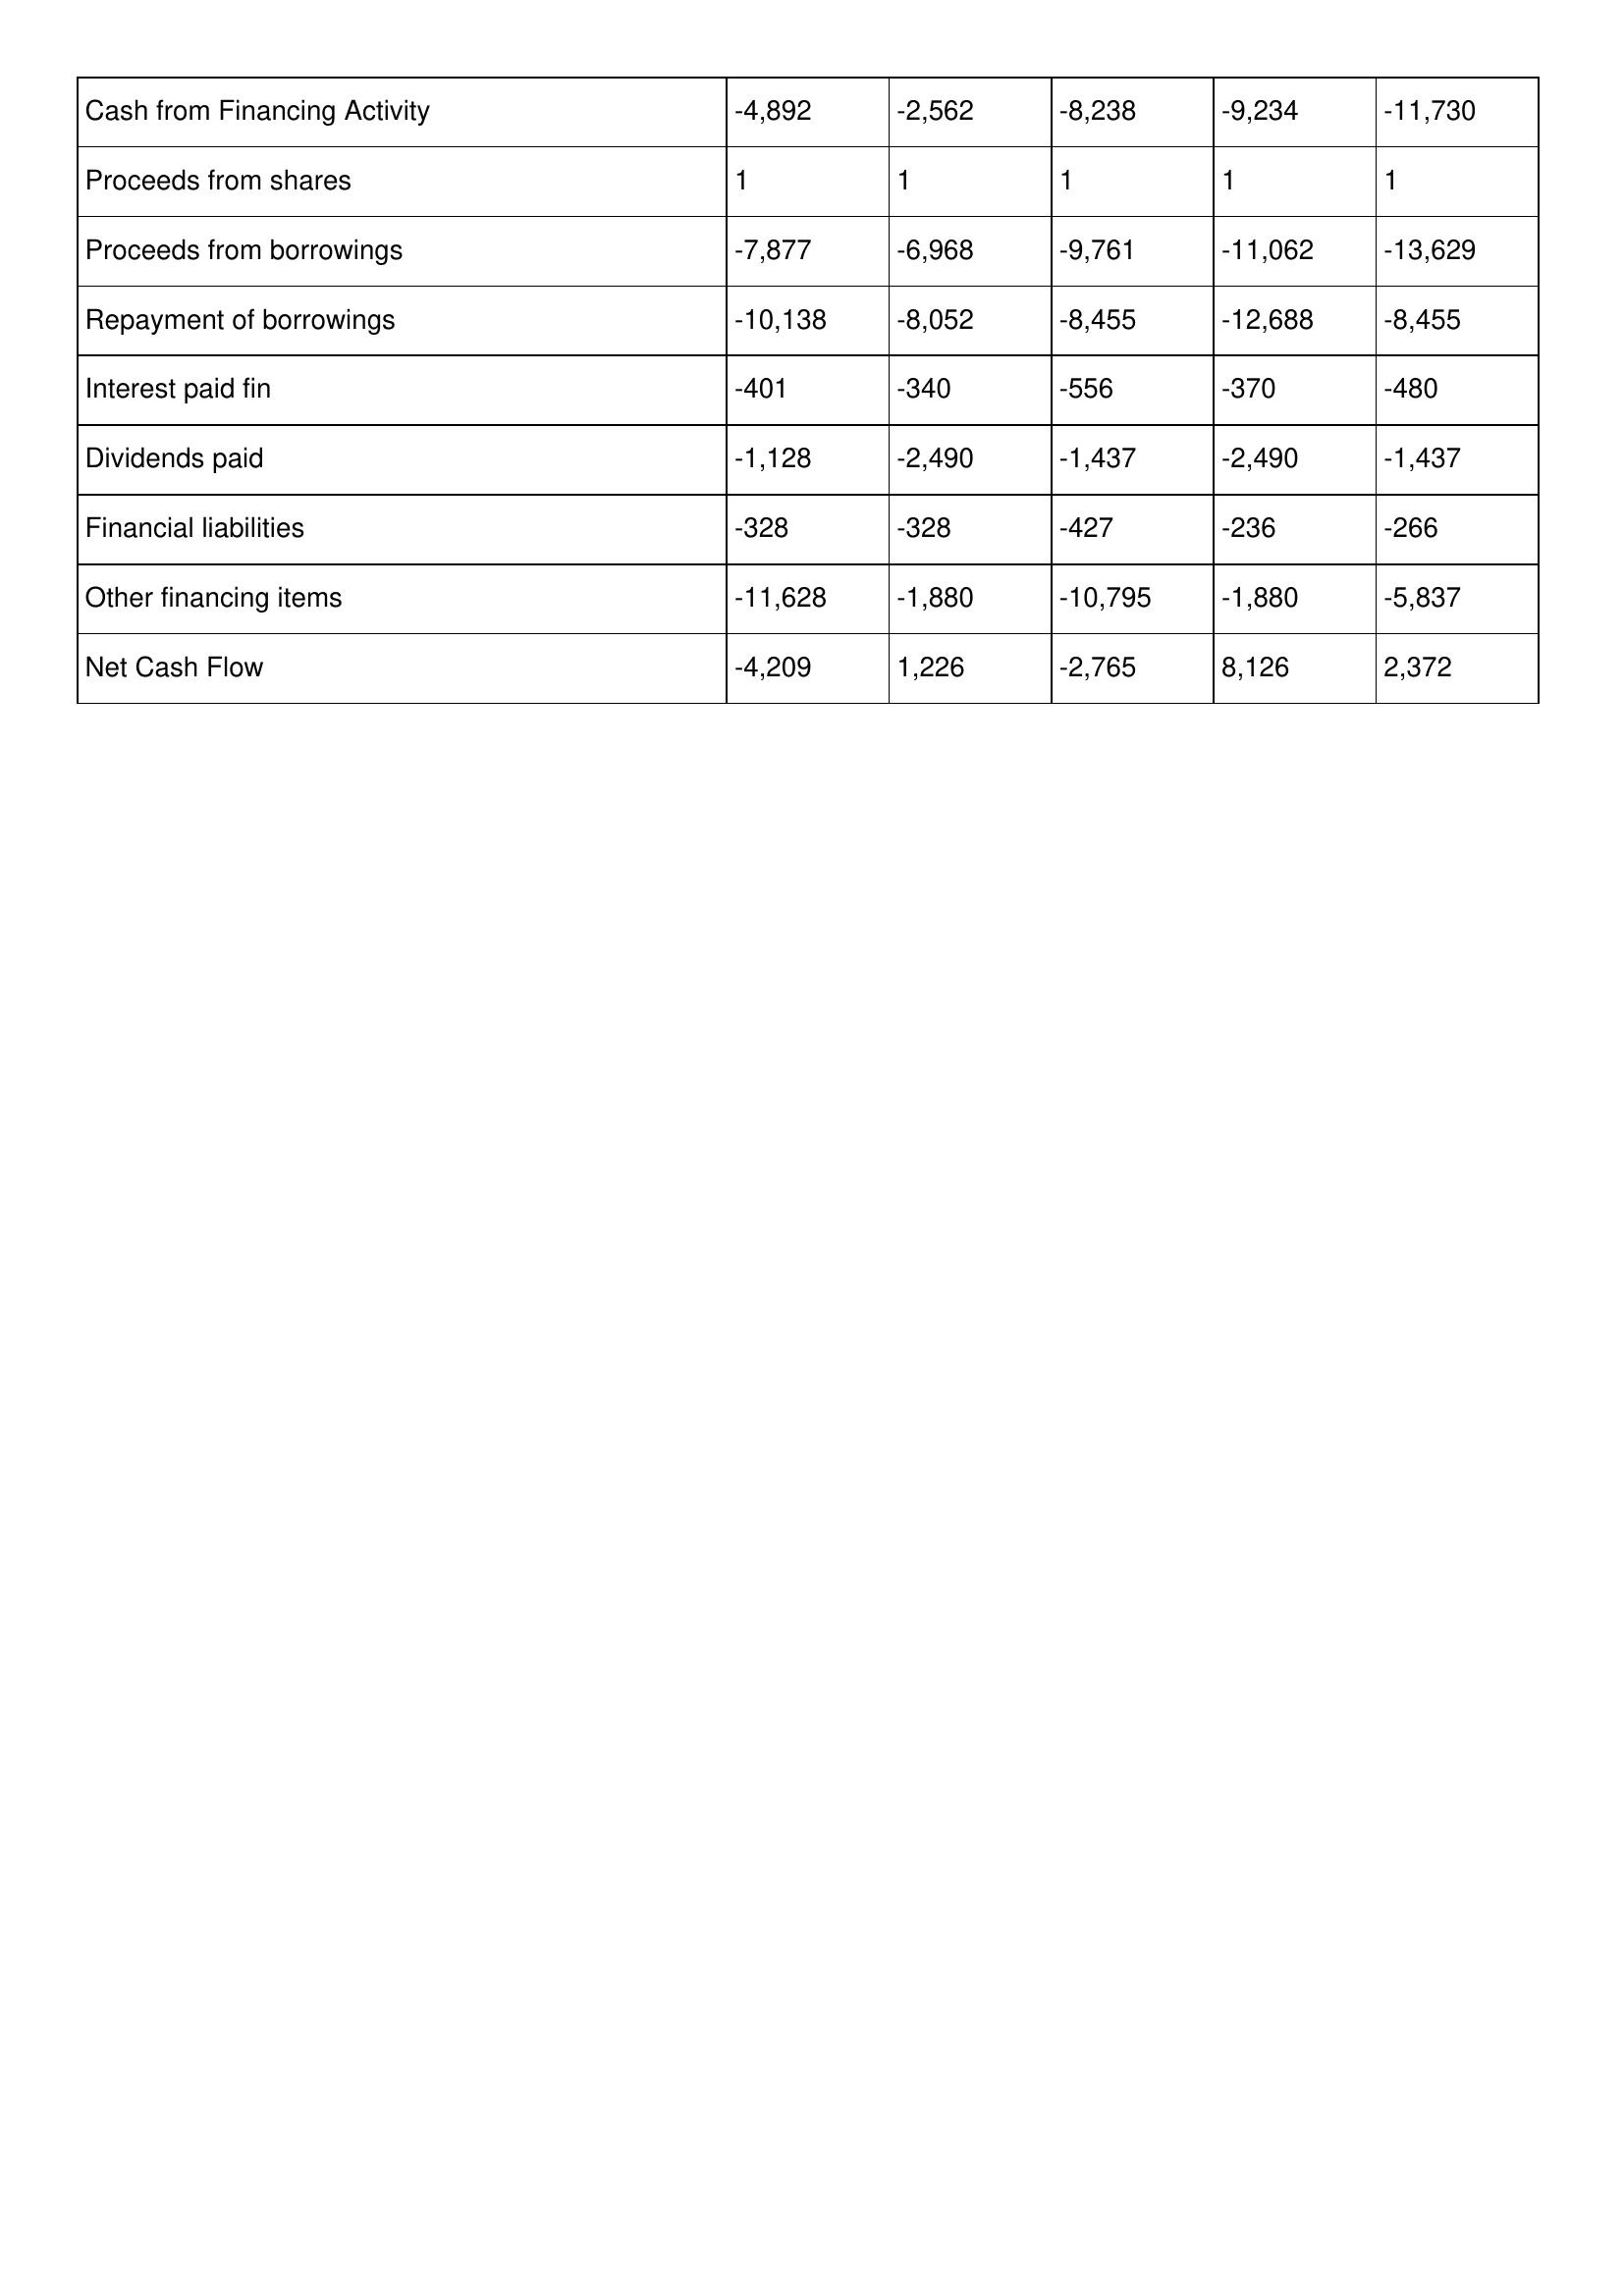
gt_parse: 2020: Cash Flows: Cash from Financing Activity: -4,892
Proceeds from shares: 1
Proceeds from borrowings: -7,877
Repayment of borrowings: -10,138
Interest paid fin: -401
Dividends paid: -1,128
Financial liabilities: -328
Other financing items: -11,628
Net Cash Flow: -4,209
2019: Cash Flows: Cash from Financing Activity: -2,562
Proceeds from shares: 1
Proceeds from borrowings: -6,968
Repayment of borrowings: -8,052
Interest paid fin: -340
Dividends paid: -2,490
Financial liabilities: -328
Other financing items: -1,880
Net Cash Flow: 1,226
2018: Cash Flows: Cash from Financing Activity: -8,238
Proceeds from shares: 1
Proceeds from borrowings: -9,761
Repayment of borrowings: -8,455
Interest paid fin: -556
Dividends paid: -1,437
Financial liabilities: -427
Other financing items: -10,795
Net Cash Flow: -2,765
2017: Cash Flows: Cash from Financing Activity: -9,234
Proceeds from shares: 1
Proceeds from borrowings: -11,062
Repayment of borrowings: -12,688
Interest paid fin: -370
Dividends paid: -2,490
Financial liabilities: -236
Other financing items: -1,880
Net Cash Flow: 8,126
2016: Cash Flows: Cash from Financing Activity: -11,730
Proceeds from shares: 1
Proceeds from borrowings: -13,629
Repayment of borrowings: -8,455
Interest paid fin: -480
Dividends paid: -1,437
Financial liabilities: -266
Other financing items: -5,837
Net Cash Flow: 2,372